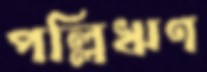
পল্লিঋণ